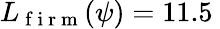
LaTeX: L_{\mathrm{~f~i~r~m~}}(\psi)=11.5\